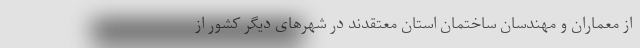
از معماران و مهندسان ساختمان استان معتقدند در شهرهای دیگر کشور از